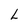
Character: L